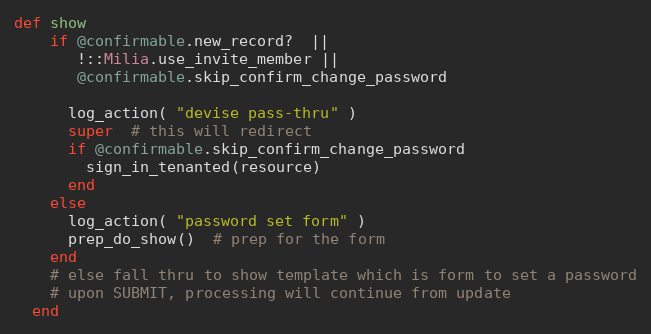
Language: Ruby
def show
    if @confirmable.new_record?  ||
       !::Milia.use_invite_member ||
       @confirmable.skip_confirm_change_password

      log_action( "devise pass-thru" )
      super  # this will redirect
      if @confirmable.skip_confirm_change_password
        sign_in_tenanted(resource)
      end
    else
      log_action( "password set form" )
      prep_do_show()  # prep for the form
    end
    # else fall thru to show template which is form to set a password
    # upon SUBMIT, processing will continue from update
  end